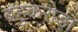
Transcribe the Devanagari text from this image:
बहुकरोड़ा